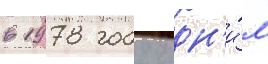
в 1978 году одн'и́м